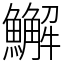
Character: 䲒